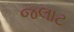
જલાટ